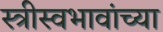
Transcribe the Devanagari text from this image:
स्त्रीस्वभावांच्या